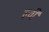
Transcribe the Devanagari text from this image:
ल्वी